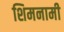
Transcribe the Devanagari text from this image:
शिमनामी